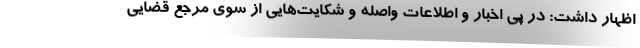
اظهار داشت: در پی اخبار و اطلاعات واصله و شکایت‌هایی از سوی مرجع قضایی